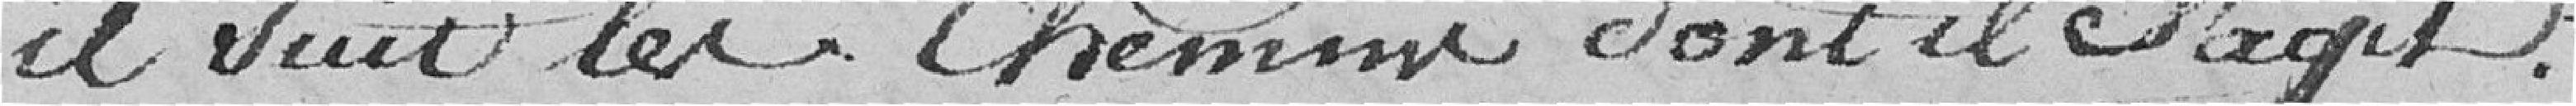
il suit les chemins dont il s'agit.